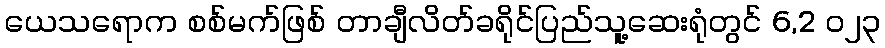
ယေသရောက စစ်မက်ဖြစ် တာချီလိတ်ခရိုင်ပြည်သူ့ဆေးရုံတွင် 6,2 ၀၂၃